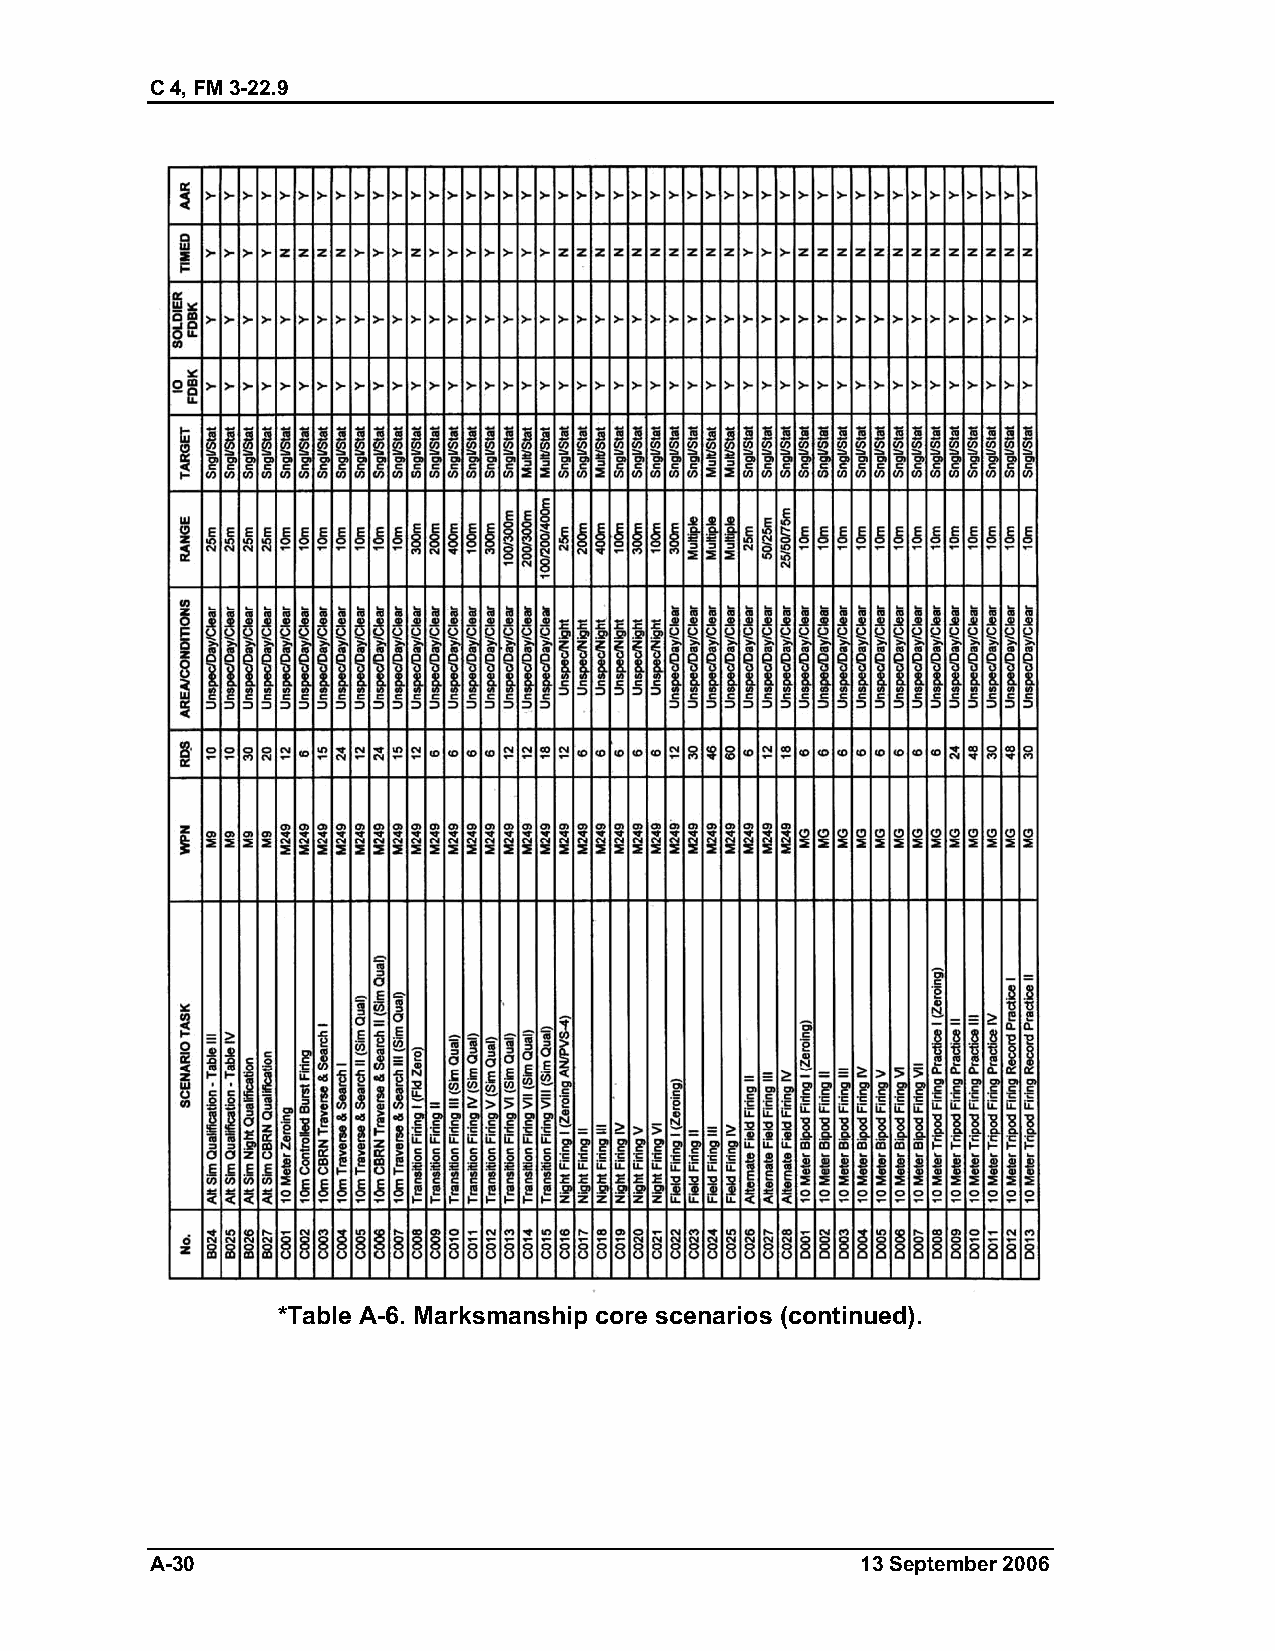
C 4, FM 3-22.9
 *Table A-6. Marksmanship core scenarios (continued).
 A-30                                           13 September 2006